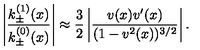
\left| \frac { k _ { \pm } ^ { ( 1 ) } ( x ) } { k _ { \pm } ^ { ( 0 ) } ( x ) } \right| \approx \frac { 3 } { 2 } \left| \frac { v ( x ) v ^ { \prime } ( x ) } { ( 1 - v ^ { 2 } ( x ) ) ^ { 3 / 2 } } \right| .